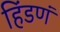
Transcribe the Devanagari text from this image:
हिंडणं